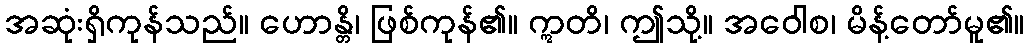
အဆုံးရှိကုန်သည်။ ဟောန္တိ၊ ဖြစ်ကုန်၏။ ဣတိ၊ ဤသို့။ အဝေါစ၊ မိန့်တော်မူ၏။